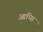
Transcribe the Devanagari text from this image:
आप्सि